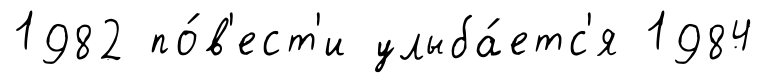
1982 по́в'ест'и улыба́етс'я 1984